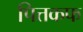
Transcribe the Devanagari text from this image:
पित्तकफ